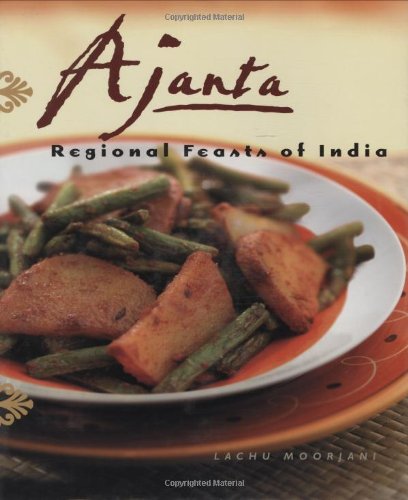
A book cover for Ajanta: Regional Feasts of India; Lachu Moorjani; Cookbooks, Food & Wine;